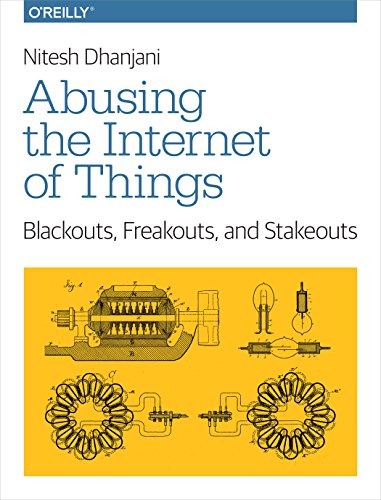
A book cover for Abusing the Internet of Things: Blackouts, Freakouts, and Stakeouts; Nitesh Dhanjani; Computers & Technology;